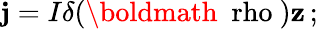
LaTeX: {\mathbf j}=I\delta(\mathrm{\boldmath~\ rho~}){\mathbf z}\, ;